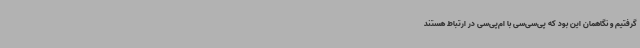
‌گرفتیم و نگاهمان این بود که پی‌سی‌سی با ام‌پی‌سی در ارتباط هستند